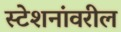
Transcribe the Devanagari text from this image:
स्टेशनांवरील